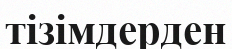
тізімдерден